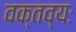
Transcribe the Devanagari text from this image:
वक्तव्यः